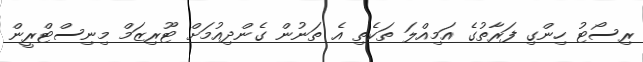
ރިސޯޓު ހިންގި ފަރާތުގެ އަމިއްލަ ތަކެތި އެ ތަނުން ގެންދިއުމަށް ޓޫރިޒަމް މިނިސްޓްރީން